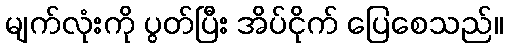
မျက်လုံးကို ပွတ်ပြီး အိပ်ငိုက် ပြေစေသည်။